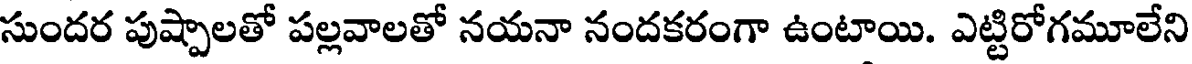
సుందర పుష్పాలతో పల్లవాలతో నయనా నందకరంగా ఉంటాయి. ఎట్టిరోగమూలేని